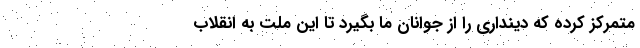
متمرکز کرده که دینداری را از جوانان ما بگیرد تا این ملت به انقلاب